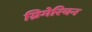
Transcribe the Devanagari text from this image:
ग्रिगेरियन